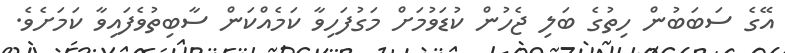
އޭގެ ސަބަބުން ހިތުގެ ބަލި ޖެހުން ކުޑަވުމަށް މަގުފަހިވާ ކަމެއްކަން ސާބިތުވެފައިވާ ކަމަށެވެ.